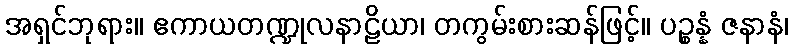
အရှင်ဘုရား။ ဧကာယတဏ္ဍုလနာဠိယာ၊ တကွမ်းစားဆန်ဖြင့်။ ပဉ္စန္နံ ဇနာနံ၊